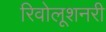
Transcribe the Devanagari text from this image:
रिवोलूशनरी